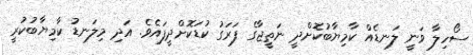
ސޯހިލާ ވަނީ ލަނޑެއް ކާމިޔާބުކޮށްދީ ނަތީޖާގެ ފަރަގު ކުޑަކޮށްދީފައެވެ. އަދި މިލަނޑު ކާމިޔާބުކުރީ